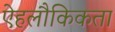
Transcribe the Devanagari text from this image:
ऐहलौकिकता